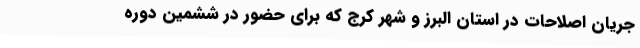
جریان اصلاحات در استان البرز و شهر کرج که برای حضور در ششمین دوره